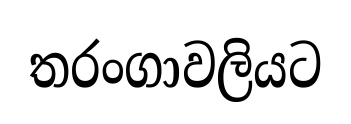
තරංගාවලියට